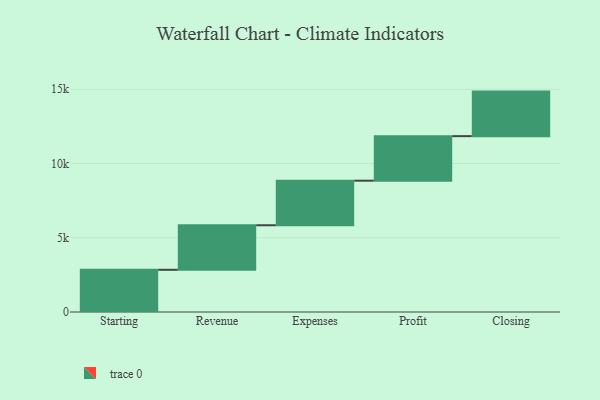
{"axis": {"x": "Step", "y": "Value"}, "legend": [""], "data": [{"x": "Starting", "y": 2843.0, "type": ""}, {"x": "Revenue", "y": 3000, "type": ""}, {"x": "Expenses", "y": 3000, "type": ""}, {"x": "Profit", "y": 3000, "type": ""}, {"x": "Closing", "y": 3000, "type": ""}]}